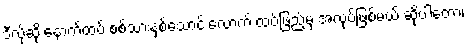
ဒီလိုဆို နောက်ထပ် စစ်သားနှစ်သောင်းလောက် ထပ်ဖြည့်မှ အလုပ်ဖြစ်မယ် ဆိုပါတော့၊